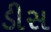
ડીસ